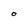
Character: O